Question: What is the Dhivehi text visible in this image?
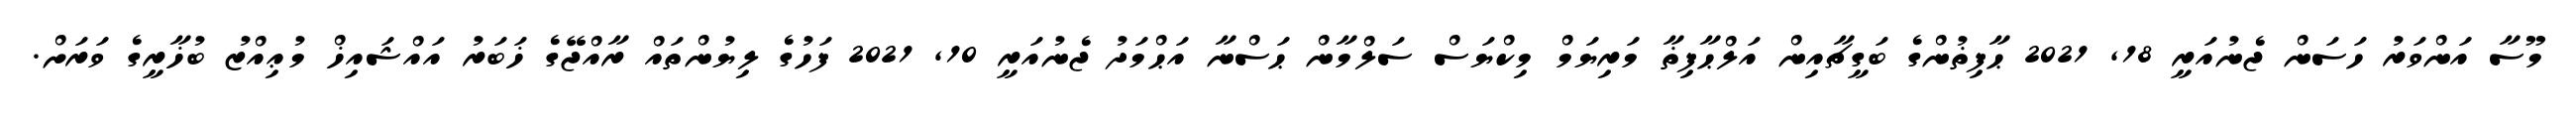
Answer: މޫސާ އަންވަރު ހަސަން ޖެނުއަރީ 18, 2021 ޙާފިޡުންގެ ބަގީޗާއިން އަލްޙާފިޡާ މަރިޔަމް މިކްޔަސް ސަލްމާން ޙަސްނާ އަޙްމަދު ޖެނުއަރީ 10, 2021 ފަހުގެ ލިޔުންތައް ރާއްޖޭގެ ޚަބަރު އައްޝައިޚް މުޢިއްޒު ބުޚާރީގެ ވަރަށް.